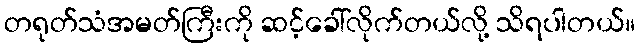
တရုတ်သံအမတ်ကြီးကို ဆင့်ခေါ်လိုက်တယ်လို့ သိရပါတယ်။